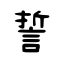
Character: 誓